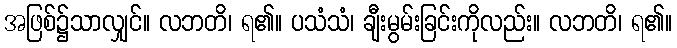
အဖြစ်၌သာလျှင်။ လဘတိ၊ ရ၏။ ပသံသံ၊ ချီးမွမ်းခြင်းကိုလည်း။ လဘတိ၊ ရ၏။